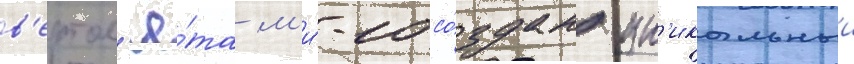
в'ертол'ё́та м'и́-10 со́здан ун'икальныи